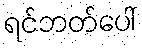
ရင်ဘတ်ပေါ်